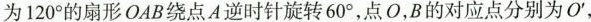
为120°的扇形OAB绕点A逆时针旋转60°，点O，B的对应点分别为O'，